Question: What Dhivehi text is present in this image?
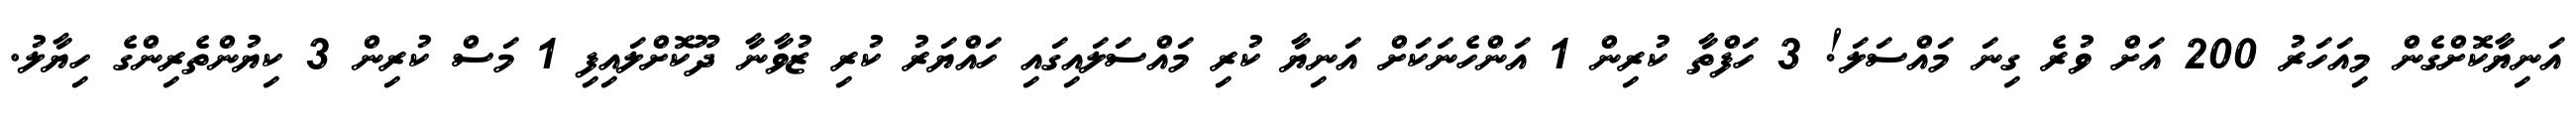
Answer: އަނިޔާކޮށްގެން މިއަހަރު 200 އަށް ވުރެ ގިނަ މައްސަލަ! 3 ހަފްތާ ކުރިން 1 އަންހެނަކަށް އަނިޔާ ކުރި މައްސަލައިގައި ހައްޔަރު ކުރި ޒުވާނާ ދޫކޮށްލައިފި 1 މަސް ކުރިން 3 ކިޔުންތެރިންގެ ހިޔާލު.